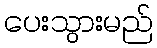
ပေးသွားမည်